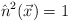
\begin{align*}\hat{n}^{2}(\vec{x})=1\end{align*}